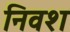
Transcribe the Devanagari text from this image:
निवश